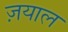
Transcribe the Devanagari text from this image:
ज़याल